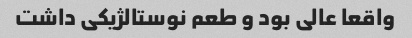
واقعا عالی بود و طعم نوستالژیکی داشت